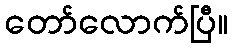
တော်လောက်ပြီ။